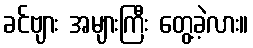
ခင်ဗျား အများကြီး တွေ့ခဲ့လား။